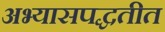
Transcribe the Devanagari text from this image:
अभ्यासपद्धतीत